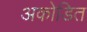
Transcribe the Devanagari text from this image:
अकोडित